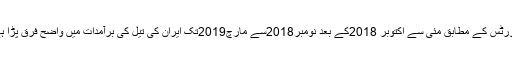
رپورٹس کے مطابق مئی سے اکتوبر 2018کے بعد نومبر2018سے مارچ2019تک ایران کی تیل کی برآمدات میں واضح فرق پڑا ہے۔